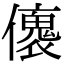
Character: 𠐤